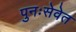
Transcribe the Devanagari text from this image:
पुनःसेवेत